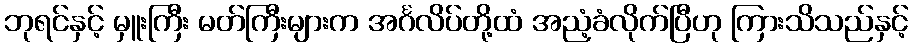
ဘုရင်နှင့် မှူးကြီး မတ်ကြီးများက အင်္ဂလိပ်တို့ထံ အညံ့ခံလိုက်ပြီဟု ကြားသိသည်နှင့်